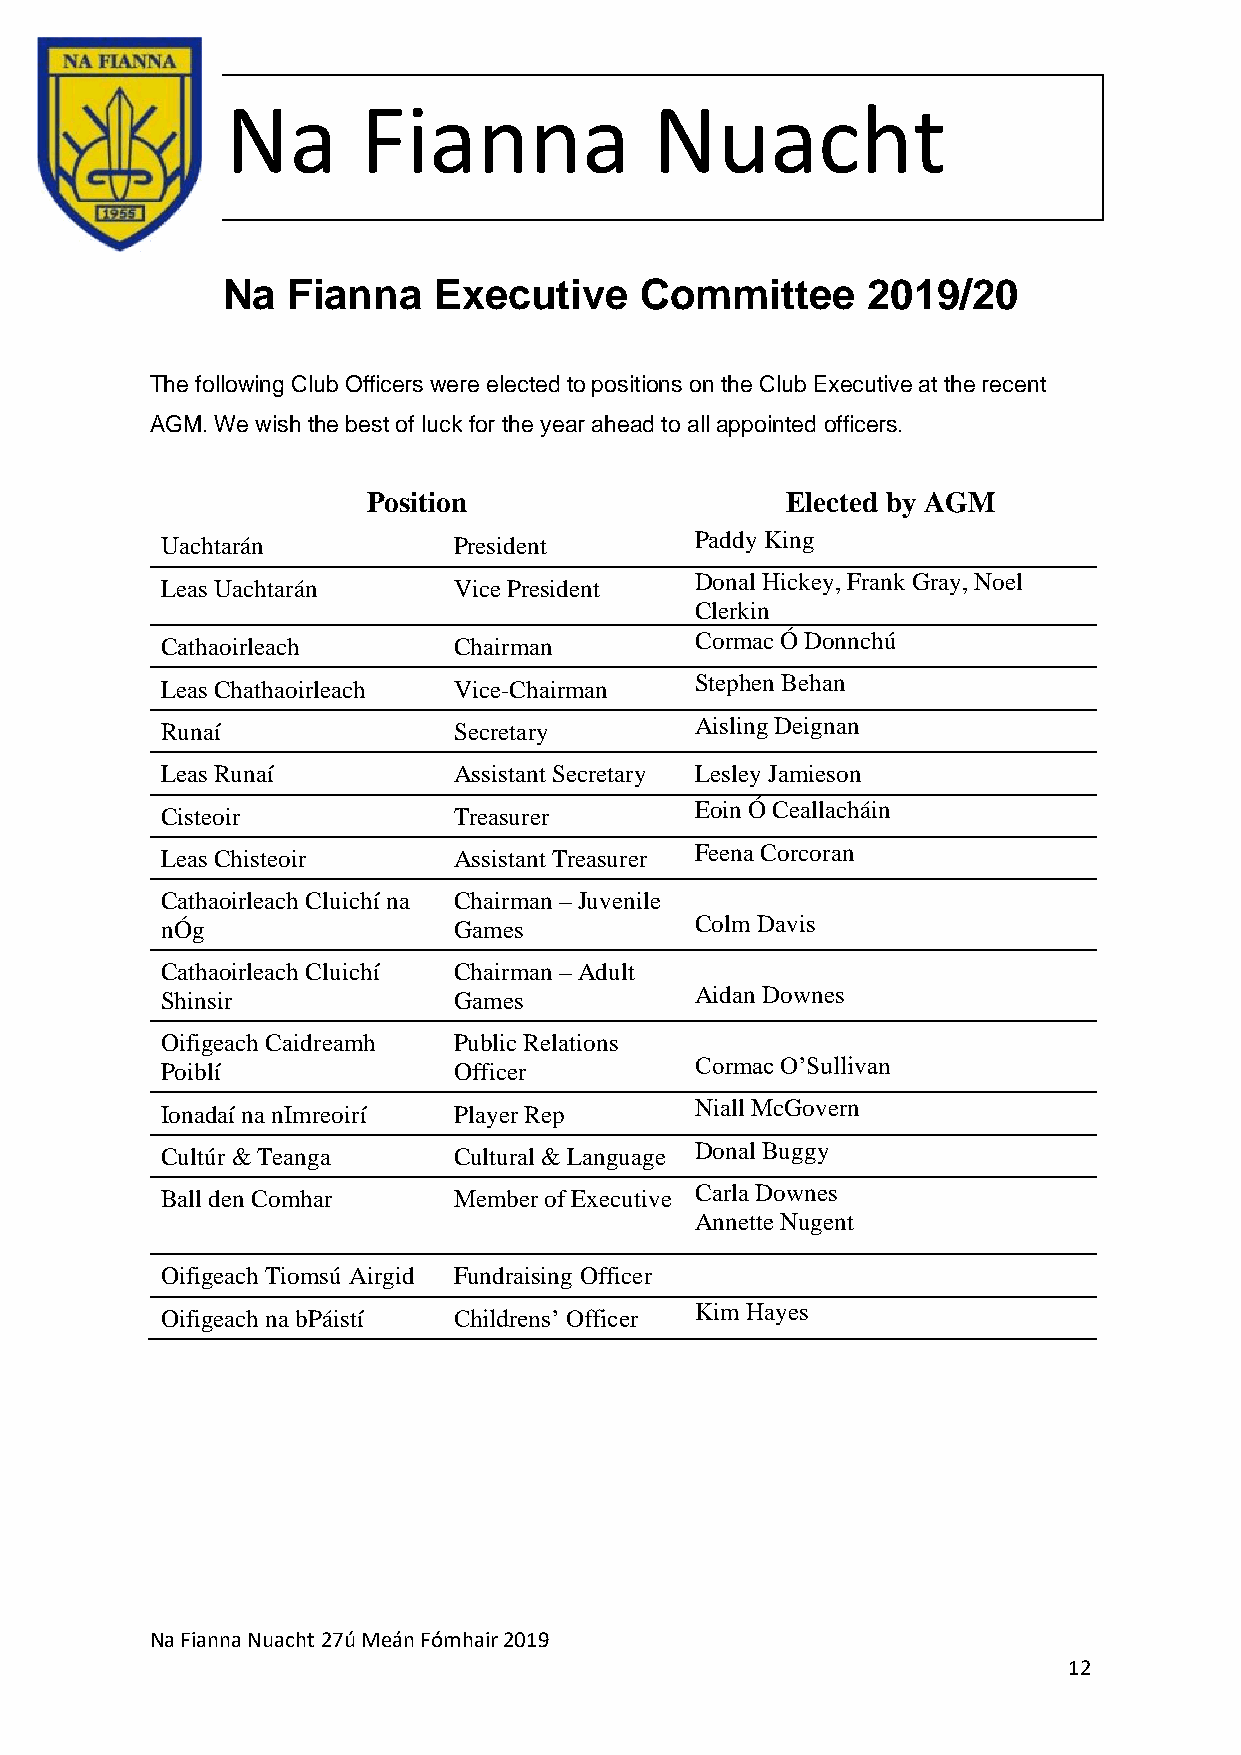
Na       Fianna             Nuacht
 Na  Fianna    Executive    Committee      2019/20
 The following Club Officers were elected to positions on the Club Executive at the recent
 AGM. We wish the best of luck for the year ahead to all appointed officers.
 Position                    Elected by AGM
 Uachtarán          President       Paddy King
 Leas Uachtarán     Vice President  Donal Hickey, Frank Gray, Noel
 Clerkin
 Cathaoirleach      Chairman        Cormac Ó Donnchú
 Leas Chathaoirleach Vice-Chairman  Stephen Behan
 Runaí              Secretary       Aisling Deignan
 Leas Runaí         Assistant Secretary Lesley Jamieson
 Cisteoir           Treasurer       Eoin Ó Ceallacháin
 Leas Chisteoir     Assistant Treasurer Feena Corcoran
 Cathaoirleach Cluichí na Chairman – Juvenile
 nÓg                Games           Colm Davis
 Cathaoirleach Cluichí Chairman – Adult
 Shinsir            Games           Aidan Downes
 Oifigeach Caidreamh Public Relations
 Poiblí             Officer         Cormac O’Sullivan
 Ionadaí na nImreoirí Player Rep    Niall McGovern
 Cultúr & Teanga    Cultural & Language Donal Buggy
 Ball den Comhar    Member of Executive Carla Downes
 Annette Nugent
 Oifigeach Tiomsú Airgid Fundraising Officer
 Oifigeach na bPáistí Childrens’ Officer Kim Hayes
 Na Fianna Nuacht 27ú Meán Fómhair 2019
 12